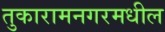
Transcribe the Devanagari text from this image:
तुकारामनगरमधील